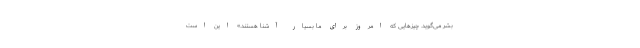
بشر می‌گوید. چیزهایی که امروز برای ما بسیار آشنا هستند.» این‌ است